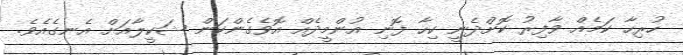
ހުރިހާ ކަމެއް ވާފިރު ކޮށްދެނީ ކިހާ ފޮނި އުންމީދެއް އޮވެގެންކަން ޝަކީލާއަށް އެނގެއެވެ.